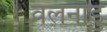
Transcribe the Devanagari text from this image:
वलनाडु